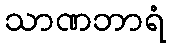
သာဏဘာရံ